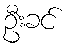
ဦးခင်